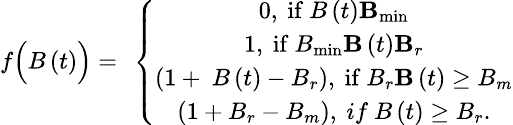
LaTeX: \small f\Bigl(B\left(t\right)\Bigr)=\ \left\{ \begin{array}{c}{0,\ \mathrm{if}\ B\left(t\right)\le B_{\mathrm{min}}}\\ {1,\ \mathrm{if}\ B_{\mathrm{min}}\le B\left(t\right)\le B_{r}}\\ {\left(1+\ B\left(t\right)-B_{r}\right),\ \mathrm{if}\ B_{r}\le B\left(t\right)\ge B_{m}}\\ {\left(1+B_{r}-B_{m}\right),\ if\ B\left(t\right)\ge B_{r}.}\end{array}\right.